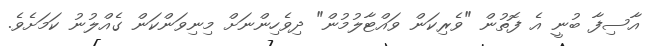
އާސިފާ ބުނީ އެ ފޮތުން "ވެރިކަން ވައްޓާލުމުން" ދިވެހިންނަށް މިނިވަންކަން ގެއްލުނު ކަމަށެވެ.